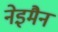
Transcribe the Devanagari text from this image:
नेइमैन